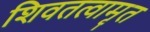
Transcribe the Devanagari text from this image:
शिवतत्वामृत